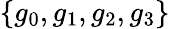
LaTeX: \{ g_{0},g_{1},g_{2},g_{3}\}